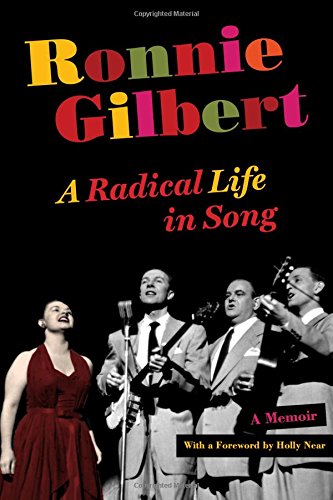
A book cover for Ronnie Gilbert: A Radical Life in Song; Ronnie Gilbert; Humor & Entertainment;